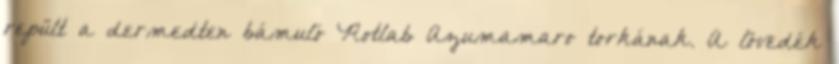
repült a dermedten bámuló Rotlab Azumamaro torkának. A lövedék